Medical and sanitary report of the native army of Madras for the year
Year: 1877
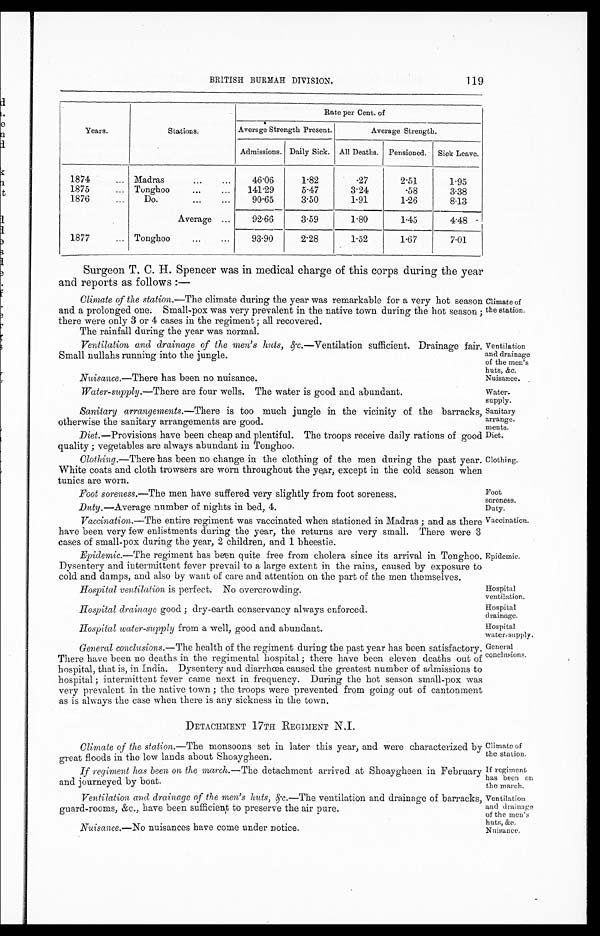
Ventilation
and drainage
of the men's
huts, &c.
Nuisance.
Water
- s uppl y.
Sanitary
arrange
- m e n t s .
Diet.
Clothing.
Climate of
the station.
If regiment
has been on
the march.
Ventilation
and drainage
of the men's
huts, &c.
Nuisance.
BRITISH BURMAH DIVISION.
119
Years.
Stations.
Rate per Cent. of
Average Strength Present.
Average Strength.
Admissions. Daily Sick. All Deaths. Pensioned. Sick Leave.
1874
... Madras
...
...
46.06
1.82
.27
2.51
1.95
1875
... Tonghoo
...
... 141.29
5.47
3.24
.58
3.38
1876
... Do.
...
...
90.65
3.50
1.91
1.26
8.13
Average ...
92.66
3.59
1.80
1.45
4.48
1877
... Tonghoo...
... 93.90
2.28
1.52
1.67
7.01
Surgeon T. C. H. Spencer was in medical charge of this corps during the year
and reports as follows :—
Climate of the station.— The climate during the year was remarkable for a very hot season
and a prolonged one. Small-pox was very prevalent in the native town during the hot season ;
there were only 3 or 4 cases in the regiment : all recovered.
The rainfall during the year was normal.
Ventilation and drainage of the men's huts, &c .—Ventilation sufficient. Drainage fair.
Small nullahs running into the jungle.
Nuisance.—There has been no nuisance.
Water-supply. —There are four wells. The water is good and abundant.
Sanitary arrangements.—There is too much jungle in the vicinity of the barracks,
otherwise the sanitary arrangements are good.
Diet. —Provisions have been cheap and plentiful. The troops receive daily rations of good
quality ; vegetables are always abundant in Tonghoo.
Clothing.—There has been no change in the clothing of the men during the past year.
White coats and cloth trowsers are worn throughout the year, except in the cold season when
tunics are worn.
Climate of
the station.
Foot
soreness.
Duty.
Foot soreness.—The men have suffered very slightly from foot soreness.
Duty. —Average number of nights in bed, 4.
Vaccination.—The entire regiment was vaccinated when stationed in Madras ; and as there
have been very few enlistments during the year, the returns are very small. There were 3
cases of small-pox during the year, 2 children, and 1 bheestie.
Vaccination.
Epidemic.—The regiment has been quite free from cholera since its arrival in Tonghoo. Epidemic.
Dysentery and intermittent fever prevail to a large extent in the rains, caused by exposure to
cold and damps, and also by want of care and attention on the part of the men themselves.
Hospital ventilation is perfect. No overcrowding.
Hospital drainage good ; dry-earth conservancy always enforced.
Hospital water-supply from a well, good and abundant.
Hospital
ventilation.
Hospital
drainage.
Hospital
water-supply.
General conclusions.—The health of the regiment during the past year has been satisfactory.
There have been no deaths in the regimental hospital ; there have been eleven deaths out of
hospital, that is, in India. Dysentery and diarrhœa caused the greatest number of admissions to
hospital ; intermittent fever came next in frequency. During the hot season small-pox was
very prevalent in the native town ; the troops were prevented from going out of cantonment
as is always the case when there is any sickness in the town.
DETACHMENT 17TH REGIMENT N.I.
Climate of the station.— The monsoons set in later this year, and were characterized b
y great floods in the low lands about Shoaygheen.
If regiment has been on the march. —The detachment arrived at Shoaygheen in Februari
and journeyed by boat.
Ventilation and drainage of the men's huts, &c.— The ventilation and drainage of barracks
guard-rooms, &c., have been sufficient to preserve the air pure.
Nuisance.— No nuisances have come under notice.
General
conclusions.